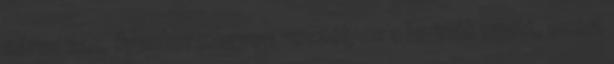
zárva van, ilyenkor nagyon veszélyes a lavinák miatt, ezért